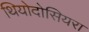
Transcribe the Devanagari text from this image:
थियोदोसियरा